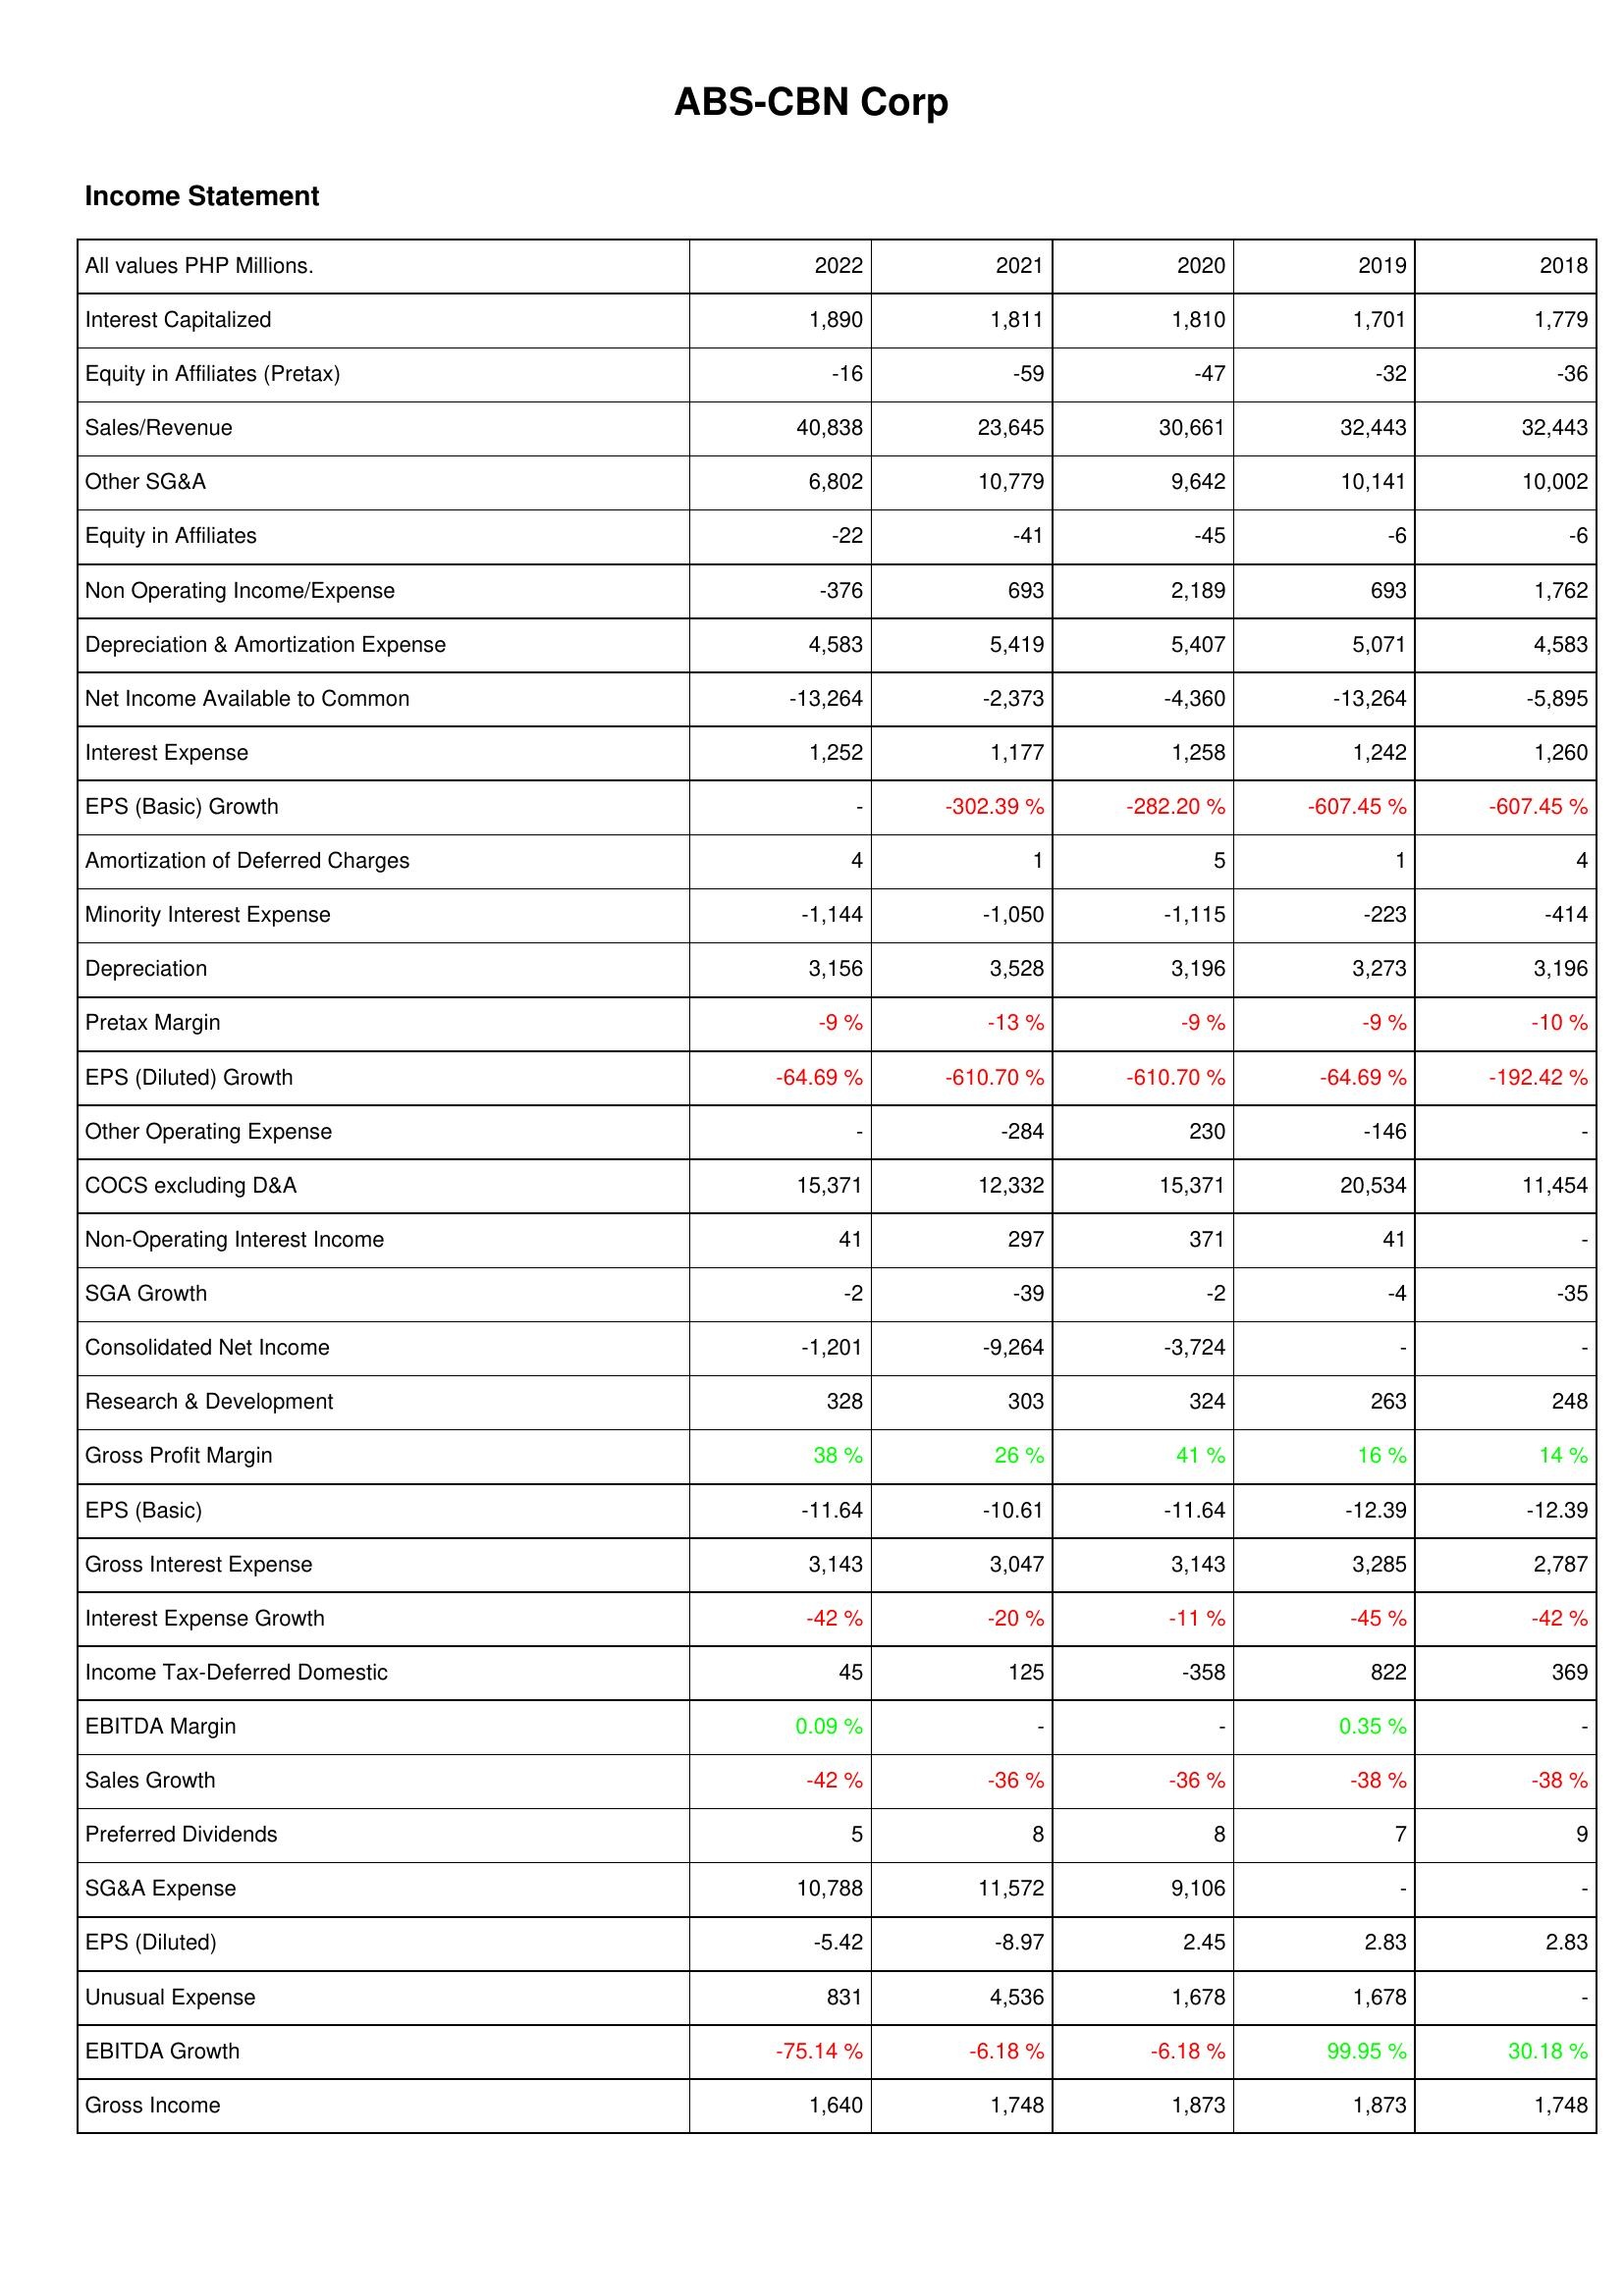
2022: Income Statement: Interest Capitalized: 1,890
Equity in Affiliates (Pretax): -16
Sales/Revenue: 40,838
Other SG&A: 6,802
Equity in Affiliates: -22
Non Operating Income/Expense: -376
Depreciation & Amortization Expense: 4,583
Net Income Available to Common: -13,264
Interest Expense: 1,252
EPS (Basic) Growth: -
Amortization of Deferred Charges: 4
Minority Interest Expense: -1,144
Depreciation: 3,156
Pretax Margin: -9 %
EPS (Diluted) Growth: -64.69 %
Other Operating Expense: -
COCS excluding D&A: 15,371
Non-Operating Interest Income: 41
SGA Growth: -2
Consolidated Net Income: -1,201
Research & Development: 328
Gross Profit Margin: 38 %
EPS (Basic): -11.64
Gross Interest Expense: 3,143
Interest Expense Growth: -42 %
Income Tax-Deferred Domestic: 45
EBITDA Margin: 0.09 %
Sales Growth: -42 %
Preferred Dividends: 5
SG&A Expense: 10,788
EPS (Diluted): -5.42
Unusual Expense: 831
EBITDA Growth: -75.14 %
Gross Income: 1,640
2021: Income Statement: Interest Capitalized: 1,811
Equity in Affiliates (Pretax): -59
Sales/Revenue: 23,645
Other SG&A: 10,779
Equity in Affiliates: -41
Non Operating Income/Expense: 693
Depreciation & Amortization Expense: 5,419
Net Income Available to Common: -2,373
Interest Expense: 1,177
EPS (Basic) Growth: -302.39 %
Amortization of Deferred Charges: 1
Minority Interest Expense: -1,050
Depreciation: 3,528
Pretax Margin: -13 %
EPS (Diluted) Growth: -610.70 %
Other Operating Expense: -284
COCS excluding D&A: 12,332
Non-Operating Interest Income: 297
SGA Growth: -39
Consolidated Net Income: -9,264
Research & Development: 303
Gross Profit Margin: 26 %
EPS (Basic): -10.61
Gross Interest Expense: 3,047
Interest Expense Growth: -20 %
Income Tax-Deferred Domestic: 125
EBITDA Margin: -
Sales Growth: -36 %
Preferred Dividends: 8
SG&A Expense: 11,572
EPS (Diluted): -8.97
Unusual Expense: 4,536
EBITDA Growth: -6.18 %
Gross Income: 1,748
2020: Income Statement: Interest Capitalized: 1,810
Equity in Affiliates (Pretax): -47
Sales/Revenue: 30,661
Other SG&A: 9,642
Equity in Affiliates: -45
Non Operating Income/Expense: 2,189
Depreciation & Amortization Expense: 5,407
Net Income Available to Common: -4,360
Interest Expense: 1,258
EPS (Basic) Growth: -282.20 %
Amortization of Deferred Charges: 5
Minority Interest Expense: -1,115
Depreciation: 3,196
Pretax Margin: -9 %
EPS (Diluted) Growth: -610.70 %
Other Operating Expense: 230
COCS excluding D&A: 15,371
Non-Operating Interest Income: 371
SGA Growth: -2
Consolidated Net Income: -3,724
Research & Development: 324
Gross Profit Margin: 41 %
EPS (Basic): -11.64
Gross Interest Expense: 3,143
Interest Expense Growth: -11 %
Income Tax-Deferred Domestic: -358
EBITDA Margin: -
Sales Growth: -36 %
Preferred Dividends: 8
SG&A Expense: 9,106
EPS (Diluted): 2.45
Unusual Expense: 1,678
EBITDA Growth: -6.18 %
Gross Income: 1,873
2019: Income Statement: Interest Capitalized: 1,701
Equity in Affiliates (Pretax): -32
Sales/Revenue: 32,443
Other SG&A: 10,141
Equity in Affiliates: -6
Non Operating Income/Expense: 693
Depreciation & Amortization Expense: 5,071
Net Income Available to Common: -13,264
Interest Expense: 1,242
EPS (Basic) Growth: -607.45 %
Amortization of Deferred Charges: 1
Minority Interest Expense: -223
Depreciation: 3,273
Pretax Margin: -9 %
EPS (Diluted) Growth: -64.69 %
Other Operating Expense: -146
COCS excluding D&A: 20,534
Non-Operating Interest Income: 41
SGA Growth: -4
Consolidated Net Income: -
Research & Development: 263
Gross Profit Margin: 16 %
EPS (Basic): -12.39
Gross Interest Expense: 3,285
Interest Expense Growth: -45 %
Income Tax-Deferred Domestic: 822
EBITDA Margin: 0.35 %
Sales Growth: -38 %
Preferred Dividends: 7
SG&A Expense: -
EPS (Diluted): 2.83
Unusual Expense: 1,678
EBITDA Growth: 99.95 %
Gross Income: 1,873
2018: Income Statement: Interest Capitalized: 1,779
Equity in Affiliates (Pretax): -36
Sales/Revenue: 32,443
Other SG&A: 10,002
Equity in Affiliates: -6
Non Operating Income/Expense: 1,762
Depreciation & Amortization Expense: 4,583
Net Income Available to Common: -5,895
Interest Expense: 1,260
EPS (Basic) Growth: -607.45 %
Amortization of Deferred Charges: 4
Minority Interest Expense: -414
Depreciation: 3,196
Pretax Margin: -10 %
EPS (Diluted) Growth: -192.42 %
Other Operating Expense: -
COCS excluding D&A: 11,454
Non-Operating Interest Income: -
SGA Growth: -35
Consolidated Net Income: -
Research & Development: 248
Gross Profit Margin: 14 %
EPS (Basic): -12.39
Gross Interest Expense: 2,787
Interest Expense Growth: -42 %
Income Tax-Deferred Domestic: 369
EBITDA Margin: -
Sales Growth: -38 %
Preferred Dividends: 9
SG&A Expense: -
EPS (Diluted): 2.83
Unusual Expense: -
EBITDA Growth: 30.18 %
Gross Income: 1,748